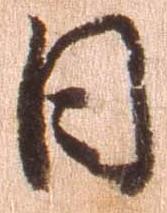
日